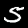
Digit: 5